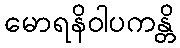
မောရနိဝါပကန္တိ